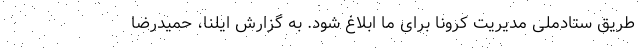
طریق ستادملی مدیریت کرونا برای ما ابلاغ شود. به گزارش ایلنا، حمیدرضا